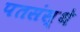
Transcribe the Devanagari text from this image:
पतसंस्थे